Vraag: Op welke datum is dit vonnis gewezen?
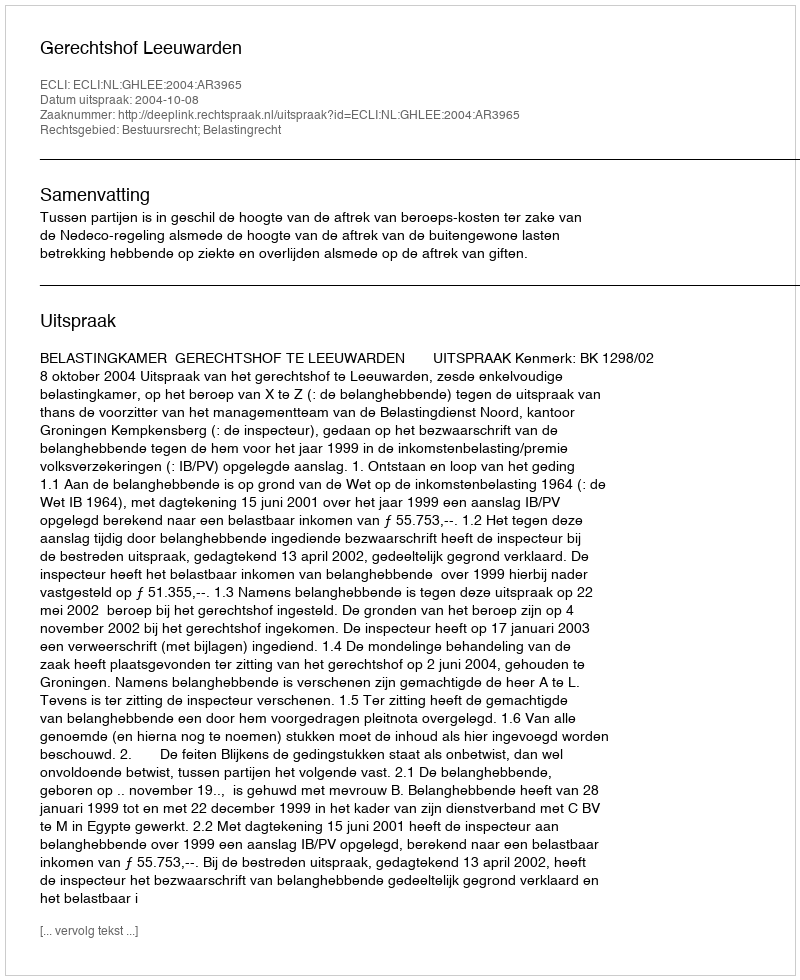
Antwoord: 2004-10-08